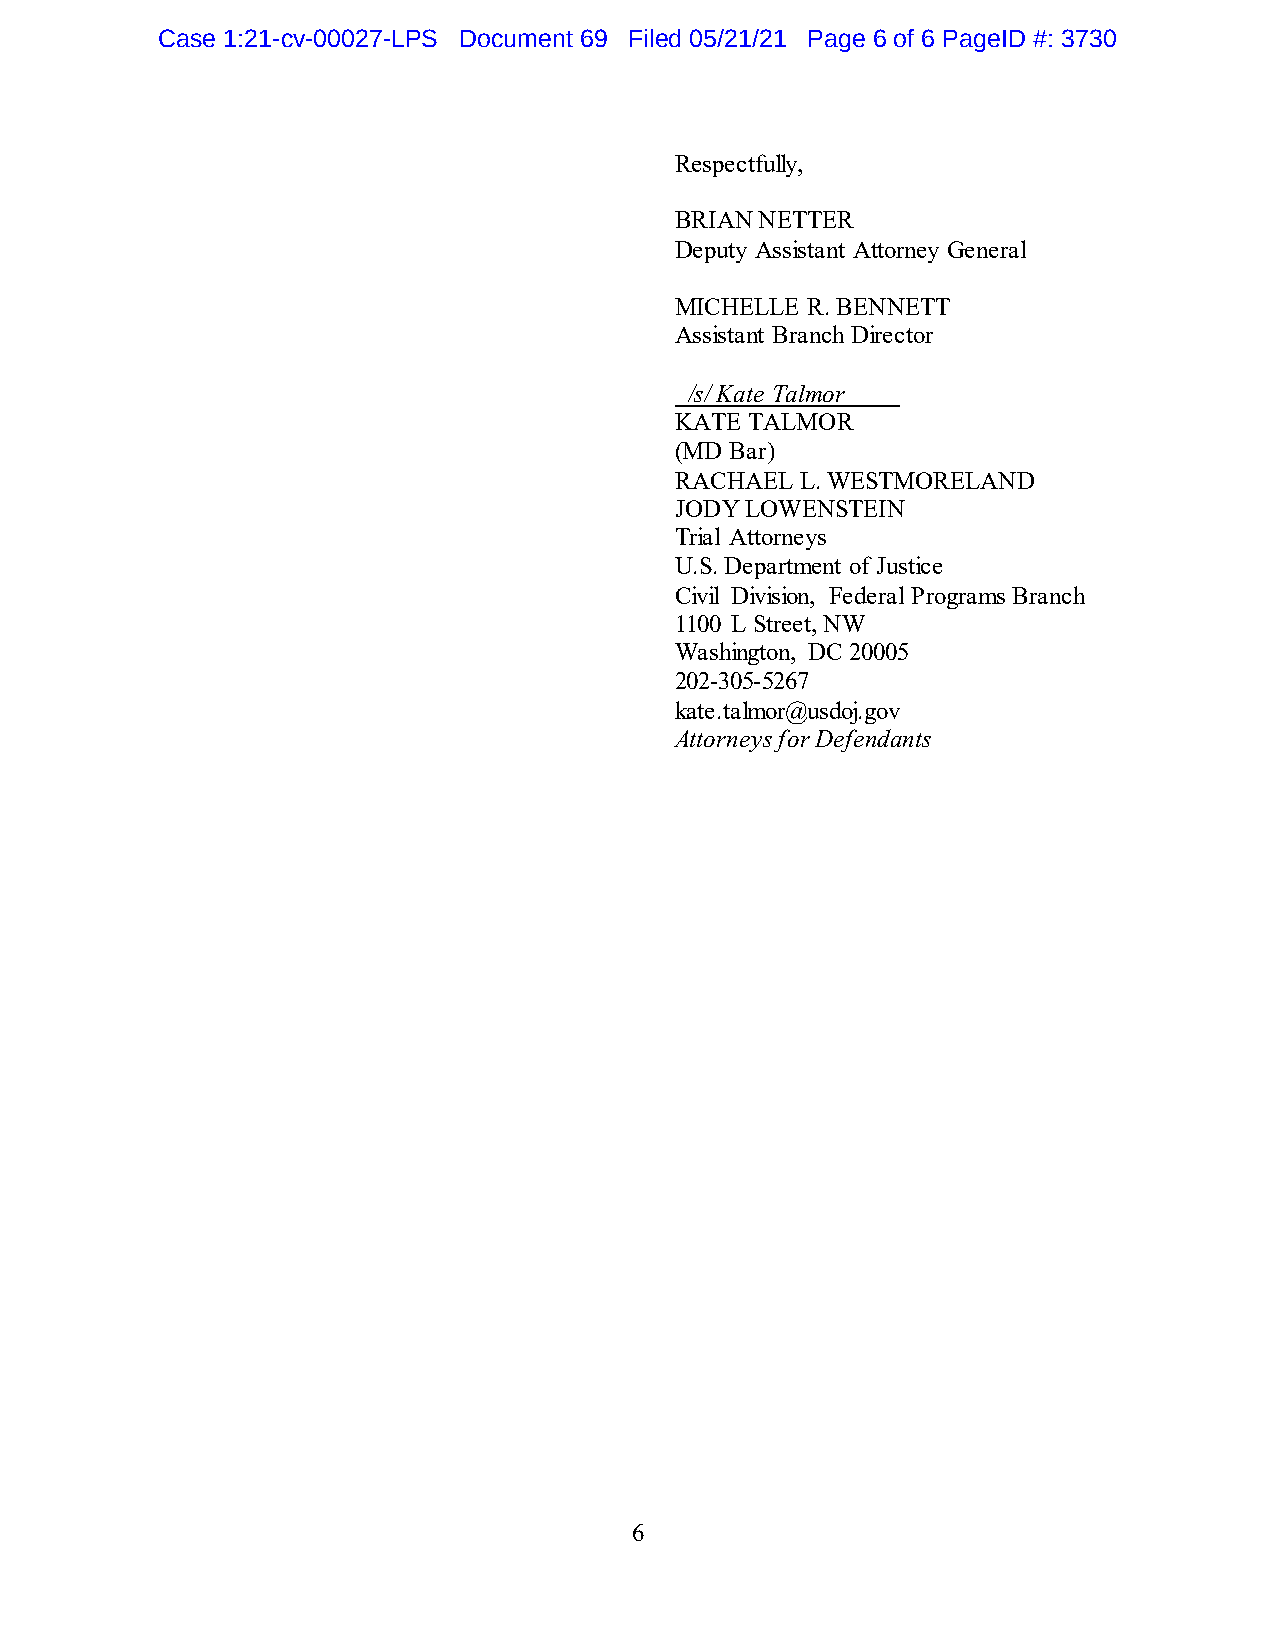
Case 1:21-cv-00027-LPS Document 69 Filed 05/21/21 Page 6 of 6 PageID #: 3730
 Respectfully,
 BRIAN NETTER
 Deputy Assistant Attorney General
 MICHELLE R. BENNETT
 Assistant Branch Director
 /s/ Kate Talmor
 KATE TALMOR
 (MD Bar)
 RACHAEL L. WESTMORELAND
 JODY LOWENSTEIN
 Trial Attorneys
 U.S. Department of Justice
 Civil Division, Federal Programs Branch
 1100 L Street, NW
 Washington, DC 20005
 202-305-5267
 kate.talmor@usdoj.gov
 Attorneys for Defendants
 6